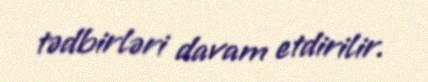
tədbirləri davam etdirilir.